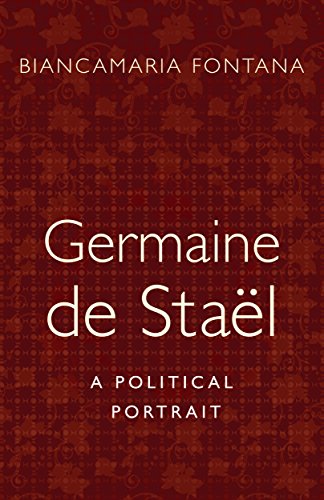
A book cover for Germaine de StaÃ«l: A Political Portrait; Biancamaria Fontana; History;